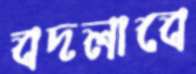
বদলাবে